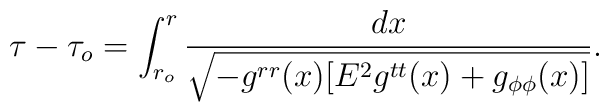
\tau-\tau_o=\int_{r_o}^r\frac{dx}{\sqrt{-g^{rr}(x)[E^2g^{tt}(x)+g_{\phi\phi}(x)]}}.